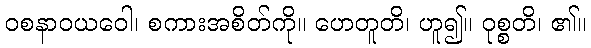
ဝစနာဝယဝေါ၊ စကားအစိတ်ကို။ ဟေတူတိ၊ ဟူ၍။ ဝုစ္စတိ၊ ၏။